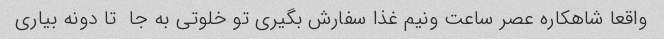
واقعا شاهکاره عصر ساعت ونیم غذا سفارش بگیری تو خلوتی به جا  تا دونه بیاری